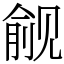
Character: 觎